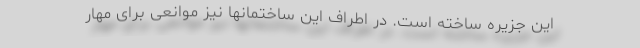
این جزیره ساخته است. در اطراف این ساختمانها نیز موانعی برای مهار